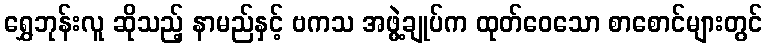
ရွှေဘုန်းလူ ဆိုသည့် နာမည်နှင့် ဗကသ အဖွဲ့ချုပ်က ထုတ်ဝေသော စာစောင်များတွင်